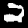
Label: 2